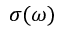
\sigma ( \omega )